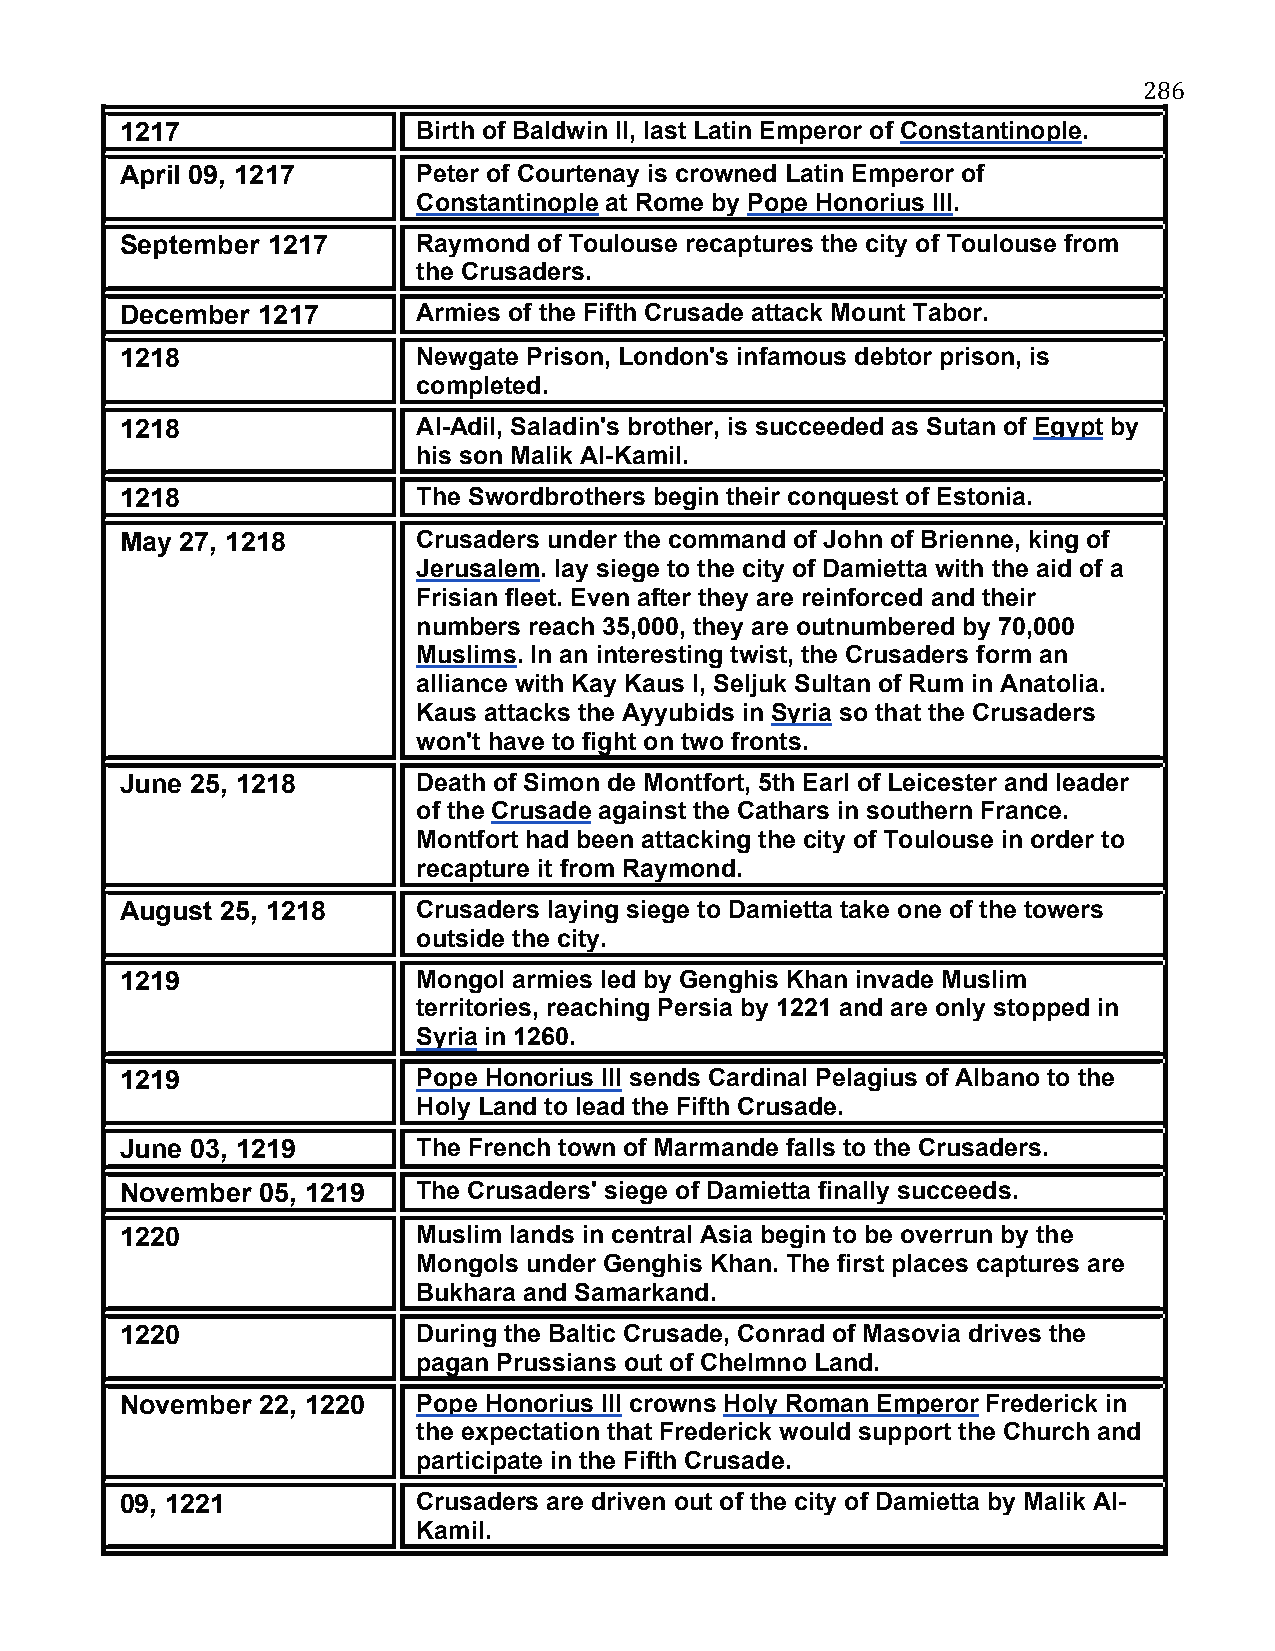
286
 1217                Birth of Baldwin II, last Latin Emperor of Constantinople.
 April 09, 1217      Peter of Courtenay is crowned Latin Emperor of
 Constantinople at Rome by Pope Honorius III.
 September 1217      Raymond of Toulouse recaptures the city of Toulouse from
 the Crusaders.
 December 1217       Armies of the Fifth Crusade attack Mount Tabor.
 1218                Newgate Prison, London's infamous debtor prison, is
 completed.
 1218                Al-Adil, Saladin's brother, is succeeded as Sutan of Egypt by
 his son Malik Al-Kamil.
 1218                The Swordbrothers begin their conquest of Estonia.
 May 27, 1218        Crusaders under the command of John of Brienne, king of
 Jerusalem. lay siege to the city of Damietta with the aid of a
 Frisian fleet. Even after they are reinforced and their
 numbers reach 35,000, they are outnumbered by 70,000
 Muslims. In an interesting twist, the Crusaders form an
 alliance with Kay Kaus I, Seljuk Sultan of Rum in Anatolia.
 Kaus attacks the Ayyubids in Syria so that the Crusaders
 won't have to fight on two fronts.
 June 25, 1218       Death of Simon de Montfort, 5th Earl of Leicester and leader
 of the Crusade against the Cathars in southern France.
 Montfort had been attacking the city of Toulouse in order to
 recapture it from Raymond.
 August 25, 1218     Crusaders laying siege to Damietta take one of the towers
 outside the city.
 1219                Mongol armies led by Genghis Khan invade Muslim
 territories, reaching Persia by 1221 and are only stopped in
 Syria in 1260.
 1219                Pope Honorius III sends Cardinal Pelagius of Albano to the
 Holy Land to lead the Fifth Crusade.
 June 03, 1219       The French town of Marmande falls to the Crusaders.
 November 05, 1219   The Crusaders' siege of Damietta finally succeeds.
 1220                Muslim lands in central Asia begin to be overrun by the
 Mongols under Genghis Khan. The first places captures are
 Bukhara and Samarkand.
 1220                During the Baltic Crusade, Conrad of Masovia drives the
 pagan Prussians out of Chelmno Land.
 November 22, 1220   Pope Honorius III crowns Holy Roman Emperor Frederick in
 the expectation that Frederick would support the Church and
 participate in the Fifth Crusade.
 09, 1221            Crusaders are driven out of the city of Damietta by Malik Al-
 Kamil.